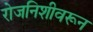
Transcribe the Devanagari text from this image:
रोजनिशीवरून